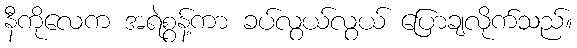
နီကိုလေက အရဲစွန့်ကာ ခပ်လွယ်လွယ် ပြောချလိုက်သည်။